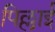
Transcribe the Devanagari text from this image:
पिल्लाई